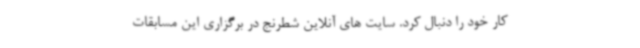
کار خود را دنبال کرد. سایت های آنلاین شطرنج در برگزاری این مسابقات